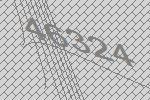
46324